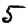
Digit: 5